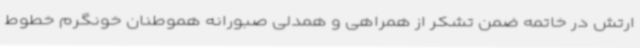
ارتش در خاتمه ضمن تشکر از همراهی و همدلی صبورانه هموطنان خونگرم خطوط